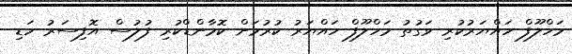
މަހްލޫފް ހައްޔަރުކުރި ވަގުތު މަހްލޫފް ހައްޔަރު ކުރުމަށް ކޮމާންޑްކުރި ފުލުސް އޮފިސަރު ހަޑި